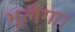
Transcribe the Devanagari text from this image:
भूलेगा।